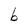
Character: b